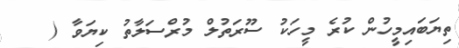
ތިޔަބައިމީހުން ކުރެ މީހަކު ސޫރަތުލް މުރްސަލާތު ކިޔަވާ (